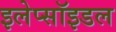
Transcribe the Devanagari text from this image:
इलेप्सॉइडल